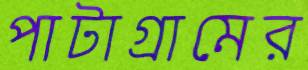
পাটাগ্রামের